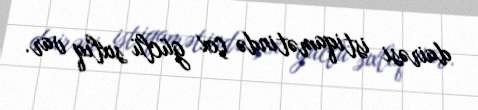
dairəsi istiqamətində çox güclü sıxlıq var.